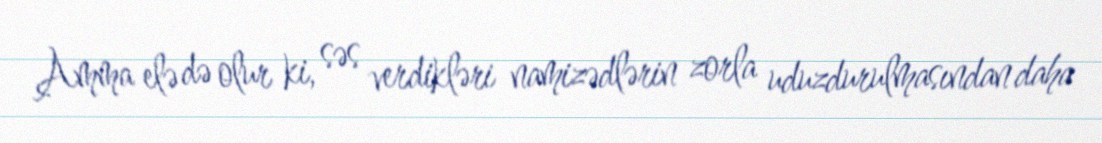
Amma elə də olur ki, səs verdikləri namizədlərin zorla uduzdurulmasından daha